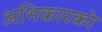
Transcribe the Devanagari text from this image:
अभिकारको